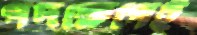
পদক্ষেপেই